Leaving Certificate Examination, 1905
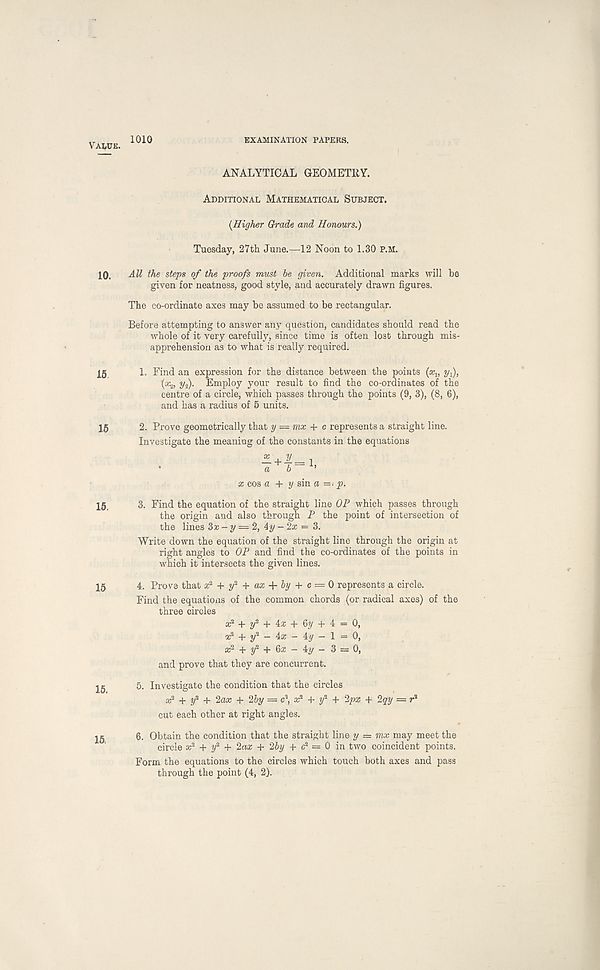
Value.
10.
15
15
15.
15
15.
15,
1010
EXAMINATION PAPERS.
ANALYTICAL GEOMETRY.
Additional Mathematical Subject.
{Higher Grade and Honours.)
Tuesday, 27th June.—12 Noon to 1.30 P.M.
All the steps of the proofs must he given. Additional marks will be
given for neatness, good style, and accurately drawn figures.
The co-ordinate axes may be assumed to be rectangular.
Before attempting to answer any question, candidates should read the
whole of it very carefully, since time is often lost through mis-
apprehension as to what is really required.
1. Find an expression for the distance between the points (x v y^,
(x 2 , 2/ 2 ). Employ your result to find the co-ordinates of the
centre of a circle, which passes through the points (9, 3), (8, 6),
and has a radius of 5 units.
2. Prove geometrically that y — mx + c represents a straight line.
Investigate the meaning of the constants in the equations
a; cos a + y sin a =< p.
3. Find the equation of the straight line OP which passes through
the origin and also through P the point of intersection of
the lines Sx - y = 2, 4y-2x = 3.
Write down the equation of the straight line through the origin at
right angles to OP and find the co-ordinates of the points in
which it intersects the given lines.
4. Prove that a; 2 + y* + ax + by + c = Q represents a circle.
Find the equations of the common chords (or radical axes) of the
three circles x* + y 2 + ix + 6y + 4 = 0,
x 2 + y 2 - 4x - Ay - l = 0,
x 2 + y 2 + 6x - 4y - 3 = 0,
and prove that they are concurrent.
5. Investigate the condition that the circles
x 2 + y 2 + 2ax + 2by = c\ x 2 + y 2 + 2px + 2qy = r 2
cut each other at right angles.
6. Obtain the condition that the straight line y — mx may meet the
circle x 2 y 2 + 2ax + 2hy + c 2 = 0 in two coincident points.
Form the equations to the circles which touch both axes and pass
through the point (4, 2).